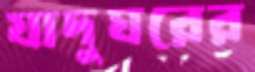
যাদুঘরের